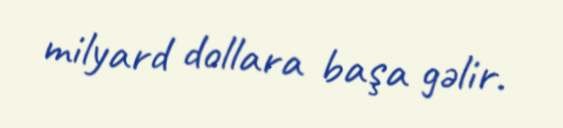
milyard dollara başa gəlir.